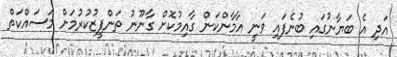
އަދި އެ ބަޔާނުގައި ބުނެފައި ވަނީ އާމާންކަން ގާއިމުކޮށް ގާނޫނު ތަންފީޒުކުރުމަށް މަސައްކަތް